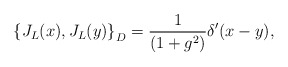
\begin{align*}\left\{ J_{L}(x),J_{L}(y)\right\} _{D}=\frac{1}{(1+g^{2})} \delta '(x-y), \end{align*}